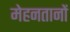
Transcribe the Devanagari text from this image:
मेहनतानों